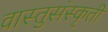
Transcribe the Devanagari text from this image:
वास्तुसंस्कृती